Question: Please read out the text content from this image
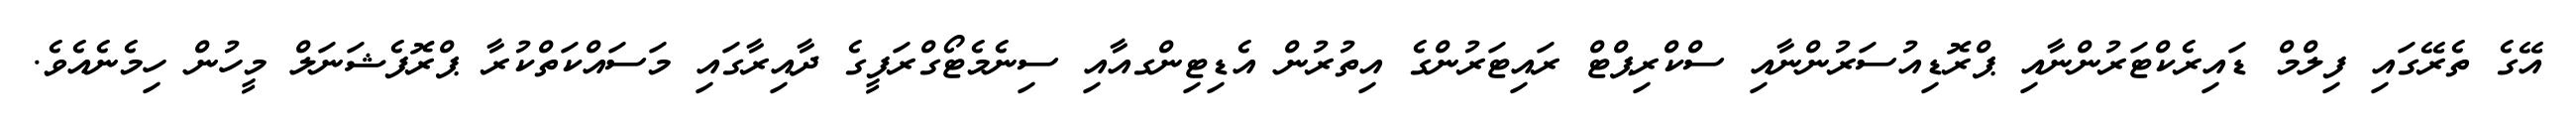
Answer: އޭގެ ތެރޭގައި ފިލްމް ޑައިރެކްޓަރުންނާއި ޕްރޮޑިއުސަރުންނާއި ސްކްރިޕްޓް ރައިޓަރުންގެ އިތުރުން އެޑިޓިންގއާއި ސިނެމެޓޯގްރަފީގެ ދާއިރާގައި މަސައްކަތްކުރާ ޕްރޮފެޝަނަލް މީހުން ހިމެނެއެވެ.